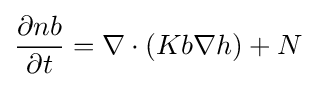
{\frac {\partial nb}{\partial t}}=\nabla \cdot (Kb\nabla h)+N